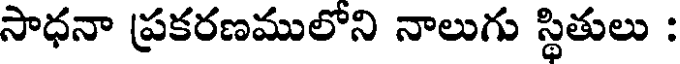
సాధనా ప్రకరణములోని నాలుగు స్థితులు :